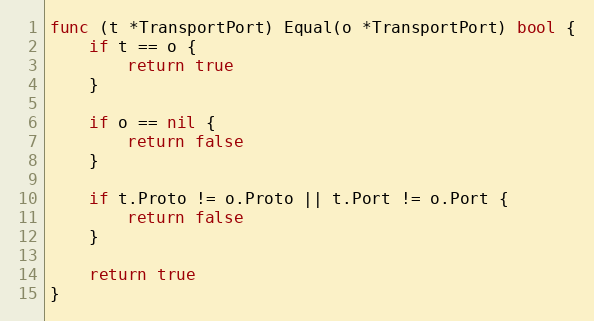
Language: Go
func (t *TransportPort) Equal(o *TransportPort) bool {
	if t == o {
		return true
	}

	if o == nil {
		return false
	}

	if t.Proto != o.Proto || t.Port != o.Port {
		return false
	}

	return true
}